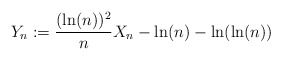
\begin{align*}Y_n:=\frac{(\ln(n))^2}{n}X_n-\ln(n)-\ln(\ln(n)) \end{align*}